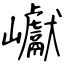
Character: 巘